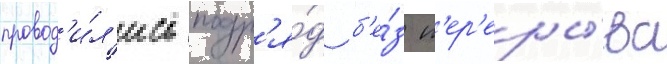
провод'и́л'ись подр'я́д б'е́з п'ер'еры́ва